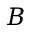
B